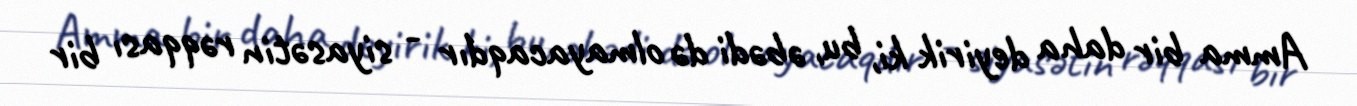
Amma bir daha deyirik ki, bu, əbədi də olmayacaqdır - siyasətin rəqqası bir